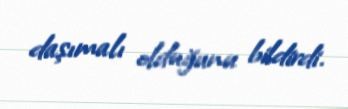
daşımalı olduğunu bildirdi.